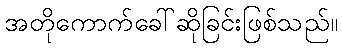
အတိုကောက်ခေါ်ဆိုခြင်းဖြစ်သည်။